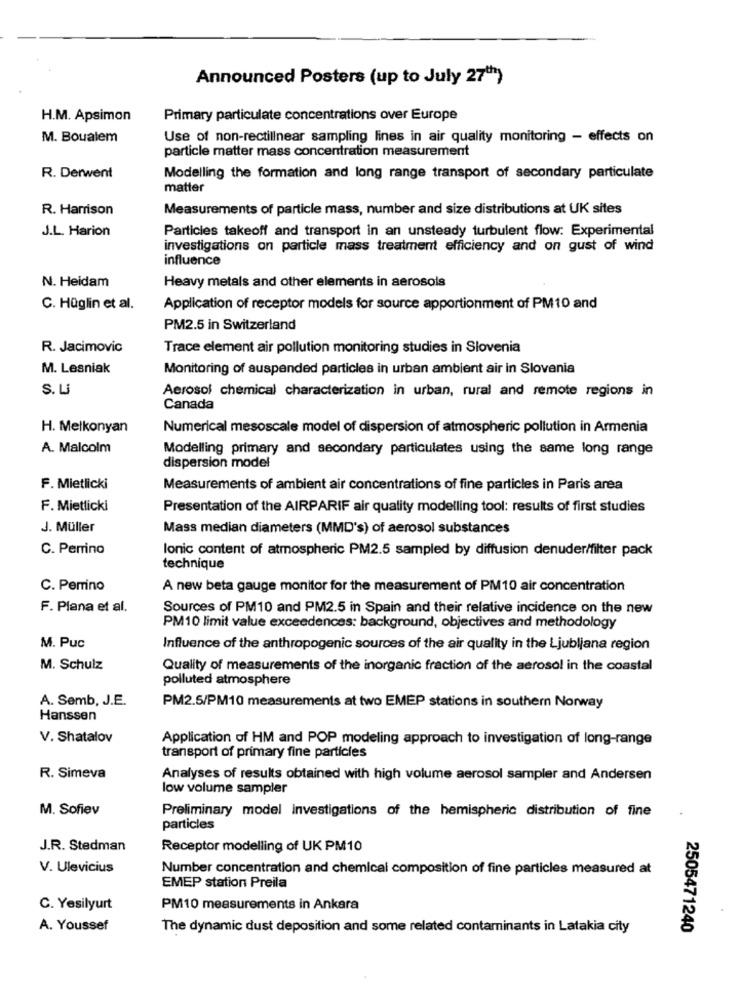
Announced Posters (up to July 27"")
H.M. Apsimon
Primary particulate concentrations over Europe
M. Boualem
Use of non-rectilinear sampling lines in air quality monitoring - effects on
particle matter mass concentration measurement
R. Derwent
Modelling the formation and long range transport of secondary particulate
matter
R. Harrison
Measurements of particle mass, number and size distributions at UK sites
Particles takeoff and transport in an unsteady turbulent flow: Experimental
J.L. Harion
investigations on particle mass treatment efficiency and on gust of wind
influence
Heavy metals and other elements in aerosols
N. Heidam
C. Hüglin et al.
Application of receptor models for source apportionment of PM10 and
PM2.5 in Switzerland
R. Jacimovic
Trace element air pollution monitoring studies in Slovenia
M. Lesniak
Monitoring of suspended particles in urban ambient air in Slovenia
S. Li
Aerosol chemical characterization in urban, rural and remote regions in
Canada
H. Melkonyan
Numerical mesoscale model of dispersion of atmospheric pollution in Armenia
A. Malcolm
Modelling primary and secondary particulates using the same long range
dispersion model
F. Mietlicki
Measurements of ambient air concentrations of fine particles in Paris area
F. Mietlicki
Presentation of the AIRPARIF air quality modelling tool: results of first studies
J. Müller
Mass median diameters (MMD's) of aerosol substances
C. Perrino
lonic content of atmospheric PM2.5 sampled by diffusion denuder/filter pack
technique
C. Perrino
A new beta gauge monitor for the measurement of PM10 air concentration
F. Plana et al.
Sources of PM10 and PM2.5 in Spain and their relative incidence on the new
PM10 limit value exceedences: background, objectives and methodology
M. Puc
Influence of the anthropogenic sources of the air quality in the Ljubljana region
M. Schulz
Quality of measurements of the inorganic fraction of the aerosol in the coastal
polluted atmosphere
A. Semb, J.E.
PM2.5/PM10 measurements at two EMEP stations in southern Norway
Hanssen
V. Shatalov
Application of HM and POP modeling approach to investigation of long-range
transport of primary fine particles
R. Simeva
Analyses of results obtained with high volume aerosol sampler and Andersen
low volume sampler
M. Sofiev
Preliminary model investigations of the hemispheric distribution of fine
particles
J.R. Stedman
Receptor modelling of UK PM10
V. Ulevicius
Number concentration and chemical composition of fine particles measured at
EMEP station Preila
C. Yeşilyurt
PM10 measurements in Ankara
A. Youssef
The dynamic dust deposition and some related contaminants in Latakia city
2505471240